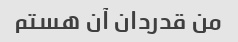
من قدردان آن هستم